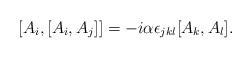
LaTeX: \begin{align*}[A_{i},[A_{i},A_{j}]] =-i\alpha\epsilon_{jkl}[A_{k},A_{l}].\end{align*}